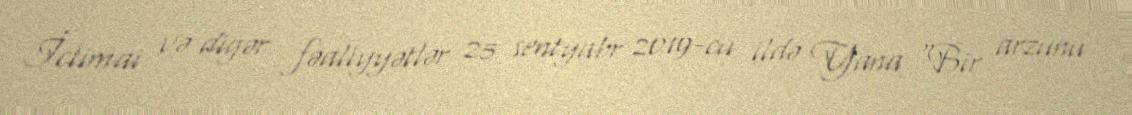
İctimai və digər fəaliyyətlər 25 sentyabr 2019-cu ildə Yana "Bir arzunu